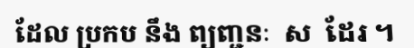
ដែល ប្រកប នឹង ព្យញ្ជនៈ  ស  ដែរ ។